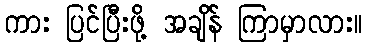
ကား ပြင်ပြီးဖို့ အချိန် ကြာမှာလား။